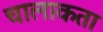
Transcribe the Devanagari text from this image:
चालाकता